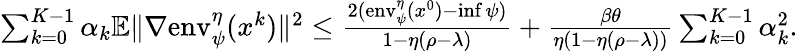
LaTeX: \begin{array}{r}{\sum_{k=0}^{K-1}\alpha_{k}\mathbb{E}\| \nabla\mathrm{env}_{\psi}^{\eta}(x^{k})\| ^{2}\leq\frac{2(\mathrm{env}_{\psi}^{\eta}(x^{0})-\operatorname*{inf}\psi)}{1-\eta(\rho-\lambda)}+\frac{\beta\theta}{\eta(1-\eta(\rho-\lambda))}\sum_{k=0}^{K-1}\alpha_{k}^{2}.}\end{array}